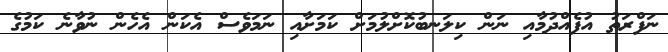
ނަފްރަތު އުފެއްދުމާއި ނަން ކިލަނބުކޮށްލުމަށް ކަމަށާއި ނަމަވެސް އެކަން އެހެން ނުވާނެ ކަމުގެ